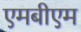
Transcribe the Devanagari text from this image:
एमबीएम